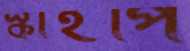
স্কাইপি